Vaccination United Provinces of Agra and Oudh 1902-1913 - 1902-1913
Year: 1902
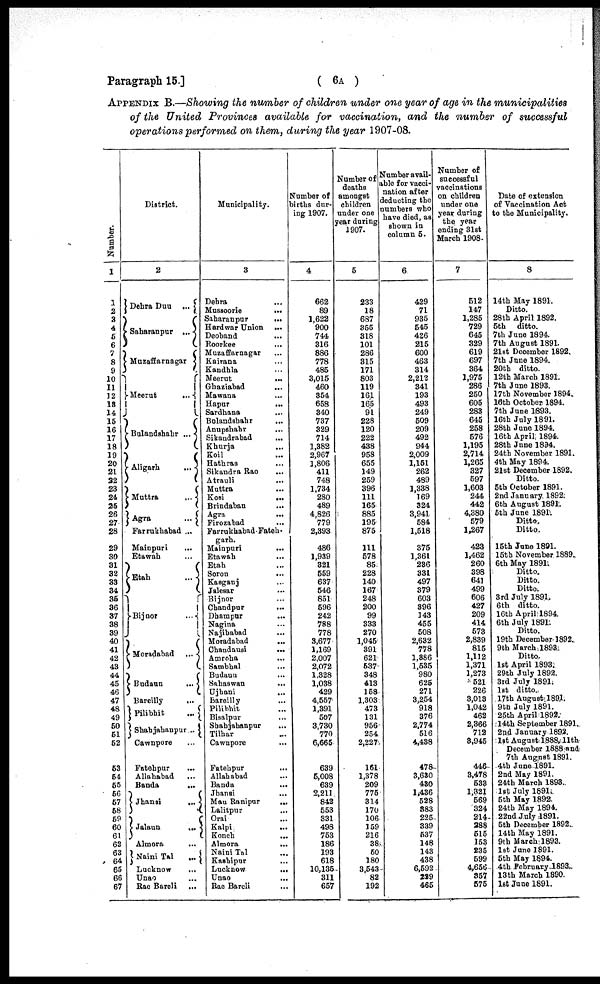
Paragraph 15.]
( 6A )
APPENDIX B.—Showing the number of children under one year of age in the municipalities
of the United Provinces available for vaccination, and the number of successful
operations performed on them, during the year 1907-08.
Number.
1
1
2
3
4
5
6
7
8
9
10
11
12
13
14
16
16
17
18
19
20
21
22
23
24
26
26
27
28
29
30
31
32
33
34
35
36
37
38
39
40
41
42
43
44
45
46
47
48
49
50
51
52
53
54
55
56
57
58
59
50
51
52
53
54
55
56
57
District.
2
Dehra Duu ...
Saharanpur ...
Muzaffarnagar
Meerut
...
Bulandshahr ...
Aligarh
...
Muttra
...
Agra
...
Farrukhabad ...
Mainpuri
...
Etawah ...
Etah
...
Bijnor
...
Moradabad ...
Budaun
...
Bareilly ...
Pilibhit
...
Shahjahanpur ...
Cawnpore ...
Fatehpur ...
Allahabad ...
Banda
...
Jhansi
...
Jalaun
...
Almora ...
Naini Tal
...
Lucknow ...
Unao ...
Rae Bareli ...
Municipality.
3
Dehra ...
Mussoorie
...
Saharanpur
...
Hardwar Union ...
Deoband ...
Roorkee
...
Muzaffarnagar ...
Kairana ...
Kandhla ...
Meerut
...
Ghaziabad
...
Mawana ...
Hapur
...
Sardhana ...
Bulandshahr ...
Anupshahr ...
Sikandrabad ...
Khurja
...
Koil ...
Hathras ...
Sikandra Rao ...
Atrauli
...
Muttra ...
Kosi
...
Brindaban ...
Agra
...
Firozabad ...
Farrukhabad-Fateh¬
garh.
Mainpuri
...
Etawah ...
Etah ...
Soron
...
Kasganj ...
Jalesar ...
Bijnor ...
Chandpur ...
Dhampur ...
Nagina ...
Najibabad ...
Moradabad
...
Chandausi
...
Amroha ...
Sambhal ...
Budaun ...
Sahaswan ...
Ujhani ...
Bareilly ...
Pilibhit ...
Bisalpur ...
Shahjahanpur ...
Tilhar ...
Cawnpore ...
Fatehpur ...
Allahabad ...
Banda
...
Jhansi
...
Mau Ranipur ...
Lalitpur
...
Orai ...
Kalpi ...
Konch
...
Almora
...
Naini Tal ...
Kashipur ...
Lucknow
...
Unao
...
Rae Bareli ...
Number of
births dur-
ing 1907.
4
662
89
1,622
900
744
316
886
778
485
3,015
460
354
658
340
737
329
714
1,382
2,967
1,806
411
748
1,734
280
489
4,826
779
2,393
486
1,939
321
559
637
546
851
596
242
788
778
3,677
1,169
2,007
2,072
1,328
1,038
429
4,557
1,391
507
3,730
770
6,665
639
5,008
639
2,211
842
553
331
498
753
186
193
618
10,135
311
657
Number of
deaths
amongst
children
under one
year during
1907.
5
233
18
687
355
318
101
286
315
171
803
119
161
165
91
228
120
222
438
958
655
149
259
396
111
165
885
195
875
111
578
85
228
140
167
248
200
99
333
270
1,045
391
621
537
348
413
158
1,303
473
131
956
254
2,227
161
1,378
209
775
314
170
106
159
216
38
50
180
3,543
82
192
Number avail¬
able for vacci-
nation after
deducting the
numbers who
have died, as
shown in
column 5.
6
429
71
935
545
426
215
600
463
314
2,212
341
193
493
249
509
209
492
944
2,009
1,151
262
489
1,338
169
324
3,941
584
1,518
375
1,361
236
331
497
379
603
396
143
455
508
2,632
778
1,886
1,535
980
625
271
3,254
918
376
2,774
516
4,438
478
3,630
430
1,436
528
383
225
339
587
148
143
438
6,592
229
465
Number of
successful
vaccinations
on children
under one
year during
the year
ending 31st
March 1908.
7
512
147
1,285
729
645
329
619
697
364
1,975
286
250
605
283
645
258
576
1,195
2,714
1,265
327
597
1,603
244
442
4,380
579
1,267
423
1,462
260
398
641
499
606
427
209
414
573
2,839
815
1,112
1,371
1,273
521
226
3,013
1,042
462
2,366
712
3,945
446
3,478
533
1,321
569
324
214
288
515
153
285
599
4,656
357
575
Date of extension
of Vaccination Act
to the Municipality.
8
14th May 1891.
Ditto.
28th April 1892.
5th ditto.
7th June 1894.
7th August 1891.
21st December 1892.
7th June 1894.
20th ditto.
12th March 1891.
7th June 1893.
17th November 1894.
16th October 1894.
7th June 1893.
16th July 1891.
28th June 1894.
16th April 1894.
28th Jnne 1894.
24th November 1891.
4th May 1894.
21st December 1892.
Ditto.
5th October 1891.
2nd January 1892.
6th August 1891.
5th June 1891.
Ditto.
Ditto.
15th June 1891.
15th November 1889.
6th May 1891.
Ditto.
Ditto.
Ditto.
3rd July 1891.
6th ditto.
16tb April 1894.
6th July 1891.
Ditto.
19th December 1892.
9th March 1893.
Ditto.
1st April 1893.
29th July 1892.
3rd July 1891.
1st ditto.
17th August 1891.
9th July 1891.
25th April 1892.
14th September 1891.
2nd January 1892.
1st August 1888,11th
December 1888 and
7th August 1891.
4th June 1891.
2nd May 1891.
24th March 1893.
1st July 1891
5th May 1892.
24th May 1894.
22nd July 1891.
5th December 1892.
14th May 1891.
9th March 1893.
1st June 1891.
5th May 1894.
4th February 1893.
13 th March 1890.
1st June 1891.